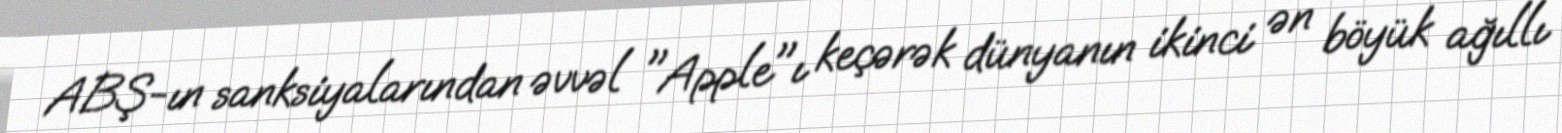
ABŞ-ın sanksiyalarından əvvəl "Apple"ı keçərək dünyanın ikinci ən böyük ağıllı